Structure of Hæmatopota pluvialis (Meigen) - Number 55
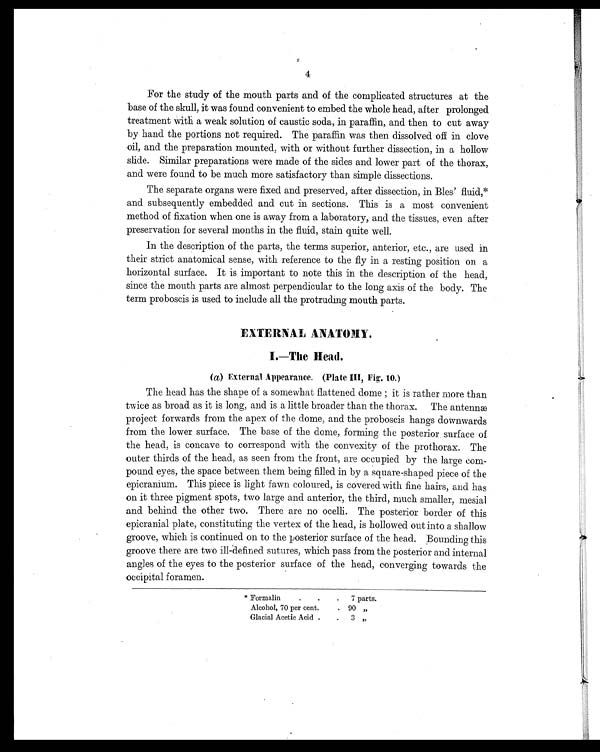
4
For the study of the mouth parts and of the complicated structures at the
base of the skull, it was found convenient to embed the whole head, after prolonged
treatment with a weak solution of caustic soda, in paraffin, and then to cut away
by hand the portions not required. The paraffin was then dissolved off in clove
oil, and the preparation mounted, with or without further dissection, in a hollow
slide. Similar preparations were made of the sides and lower part of the thorax,
and were found to be much more satisfactory than simple dissections.
The separate organs were fixed and preserved, after dissection, in Bles' fluid,*
and subsequently embedded and cut in sections. This is a most convenient
method of fixation when one is away from a laboratory, and the tissues, even after
preservation for several months in the fluid, stain quite well.
In the description of the parts, the terms superior, anterior, etc., are used in
their strict anatomical sense, with reference to the fly in a resting position on a
horizontal surface. It is important to note this in the description of the head,
since the mouth parts are almost perpendicular to the long axis of the body. The
term proboscis is used to include all the protruding mouth parts.
EXTERNAL ANATOMY.
I.—The Head.
( a) External Appearance. (Plate III, Fig. 10.)
The head has the shape of a somewhat flattened dome ; it is rather more than
twice as broad as it is long, and is a little broader than the thorax. The antennæ
project forwards from the apex of the dome, and the proboscis hangs downwards
from the lower surface. The base of the dome, forming the posterior surface of
the head, is concave to correspond with the convexity of the prothorax. The
outer thirds of the head, as seen from the front, are occupied by the large com
-pound eyes, the space between them being filled in by a square-shaped piece of the
epicranium. This piece is light fawn coloured, is covered with fine hairs, and has
on it three pigment spots, two large and anterior, the third, much smaller, mesial
and behind the other two. There are no ocelli. The posterior border of this
epicranial plate, constituting the vertex of the head, is hollowed out into a shallow
groove, which is continued on to the posterior surface of the head. Bounding this
groove there are two ill-defined sutures, which pass from the posterior and internal
angles of the eyes to the posterior surface of the head, converging towards the
occipital foramen.
* Formalin
.
.
.
7 parts.
Alcohol, 70 per cent
.
.
.
90 „
Glacial Acetic Acid
. 3 „